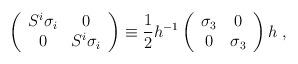
LaTeX: \begin{align*}\left( \begin{array}{cc}S^{i}\sigma _{i} & 0 \\ 0 & S^{i}\sigma _{i}\end{array}\right) \equiv \frac{1}{2}h^{-1}\left( \begin{array}{cc}\sigma _{3} & 0 \\ 0 & \sigma _{3}\end{array}\right) h\;,\end{align*}